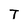
Character: T